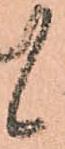
候